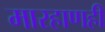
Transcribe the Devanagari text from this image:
मारहाणही